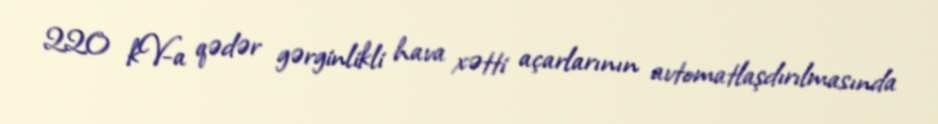
220 kV-a qədər gərginlikli hava xətti açarlarının avtomatlaşdırılmasında